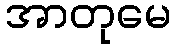
အာတုမေ